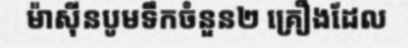
ម៉ាស៊ីនបូមទឹកចំនួន២ គ្រឿងដែល